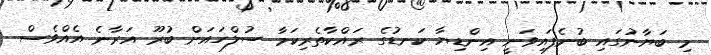
މި ބަޔާނުގައި ބުނެފައިވަނީ އިންޑިޔާ ކަނޑުގެ ރައްކާތެރިކަމާ ސުލްހައަށް ބުރޫ އަރާނެ އެއްވެސް